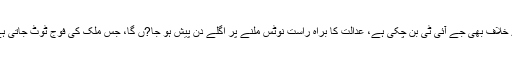
سابق صدر نے کہا کہ میرے خلاف بھی جے آئی ٹی بن چکی ہے، عدالت کا براہ راست نوٹس ملنے پر اگلے دن پیش ہو جا?ں گا، جس ملک کی فوج ٹوٹ جاتی ہے وہ ملک بھی ٹوٹ جاتا ہے۔